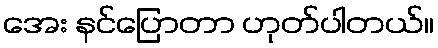
အေး နင်ပြောတာ ဟုတ်ပါတယ်။